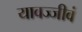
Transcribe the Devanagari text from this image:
यावज्जीवं